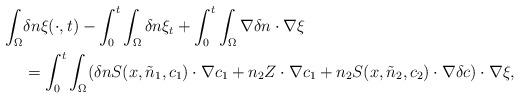
LaTeX: \begin{align*}\begin{aligned}\int_{\Omega}&\delta n \xi(\cdot,t)-\int_{0}^{t}\int_{\Omega} \delta n \xi_{t} +\int_{0}^{t}\int_{\Omega}\nabla\delta n\cdot \nabla \xi\\&=\int_{0}^{t}\int_{\Omega}( \delta n S(x,\tilde{n}_{1},c_{1}) \cdot \nabla c_{1} +n_{2} Z \cdot \nabla c_{1} +n_{2}S(x,\tilde{n}_{2},c_{2}) \cdot \nabla \delta c)\cdot \nabla \xi,\end{aligned}\end{align*}